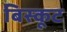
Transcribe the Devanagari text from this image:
बिस्कूट